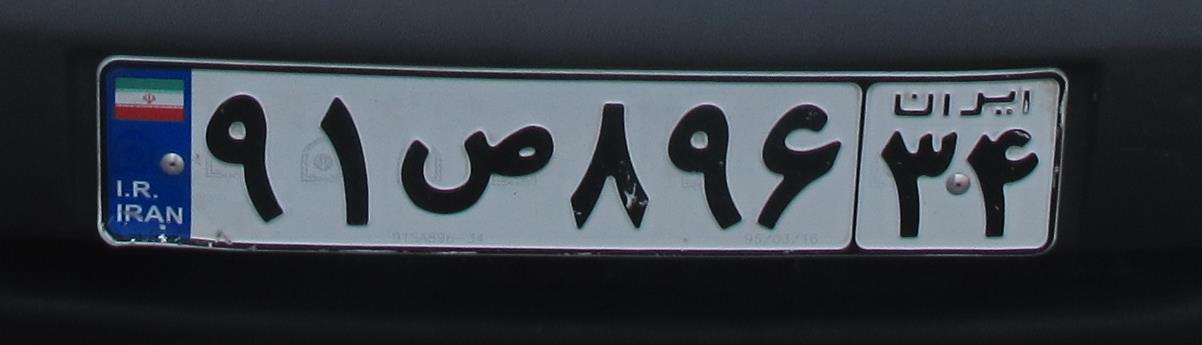
۹۱ص۸۹۶۳۴